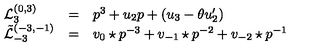
\begin{array} { l c l } { { \mathcal L } _ { 3 } ^ { ( 0 , 3 ) } } & { = } & { p ^ { 3 } + u _ { 2 } p + ( u _ { 3 } - \theta u _ { 2 } ^ { \prime } ) } \\ { { \tilde { \mathcal L } } _ { - 3 } ^ { ( - 3 , - 1 ) } } & { = } & { { v _ { 0 } \star p } ^ { - 3 } + v _ { - 1 } \star p ^ { - 2 } + v _ { - 2 } \star p ^ { - 1 } } \\ \end{array}